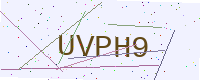
Text: UVPH9